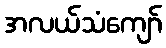
အလယ်သံကျော်